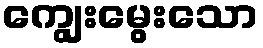
ကျွေးမွေးသော